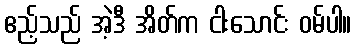
ဧည့်သည် အဲ့ဒီ အိတ်က ငါးသောင်း ဝမ်ပါ။